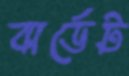
বার্ডেট